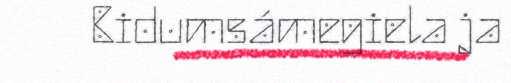
Bidumsámegiela ja